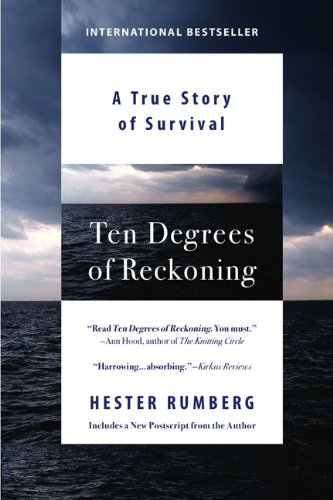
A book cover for Ten Degrees of Reckoning: A True Story of Survival; Hester Rumberg; Biographies & Memoirs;